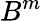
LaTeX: B^{m}